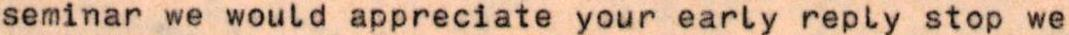
seminar we would appreciate your early reply stop we